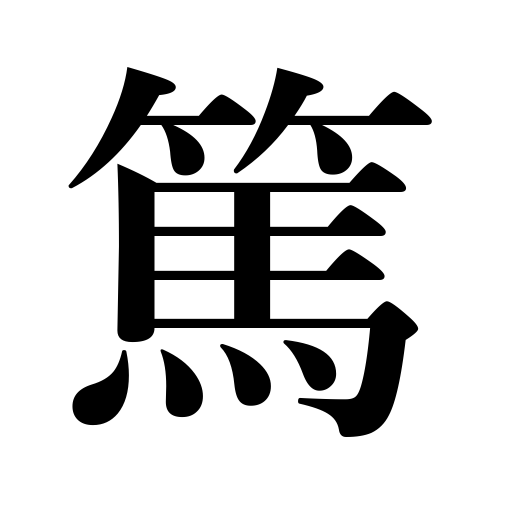
Meanings: fervent,kind,affectionate,serious illness,cordial